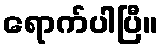
ရောက်ပါပြီ။